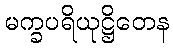
မက္ခပရိယုဋ္ဌိတေန